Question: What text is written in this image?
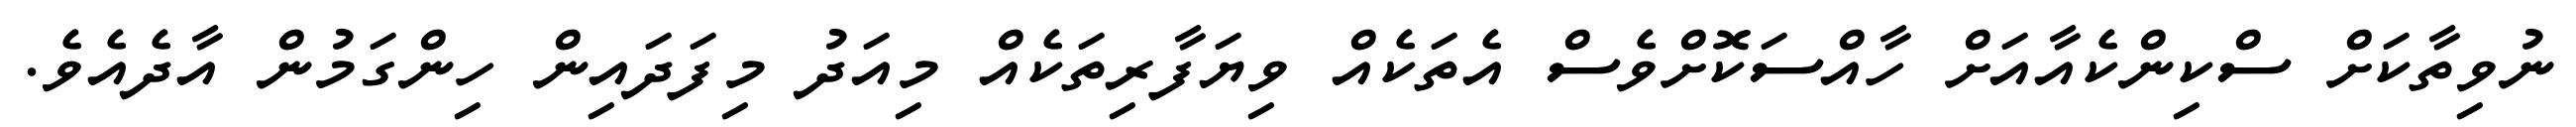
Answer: ނުވިތާކަށް ސްކިންކެއާއަށް ހާއްސަކޮށްވެސް އެތަކެއް ވިޔަފާރިތަކެއް މިއަދު މިފަދައިން ހިންގަމުން އާދެއެވެ.